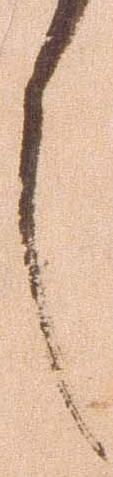
之